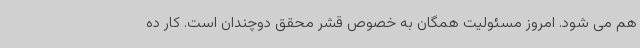
هم می شود. امروز مسئولیت همگان به خصوص قشر محقق دوچندان است. کار ده